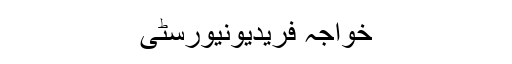
خواجہ فریدیونیورسٹی